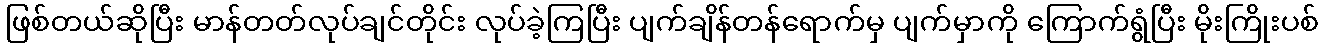
ဖြစ်တယ်ဆိုပြီး မာန်တတ်လုပ်ချင်တိုင်း လုပ်ခဲ့ကြပြီး ပျက်ချိန်တန်ရောက်မှ ပျက်မှာကို ကြောက်ရွံပြီး မိုးကြိုးပစ်